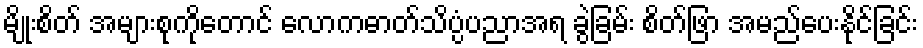
မျိုးစိတ် အများစုကိုတောင် လောကဓာတ်သိပ္ပံပညာအရ ခွဲခြမ်း စိတ်ဖြာ အမည်ပေးနိုင်ခြင်း